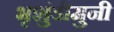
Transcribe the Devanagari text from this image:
भृशुंडीमुनी